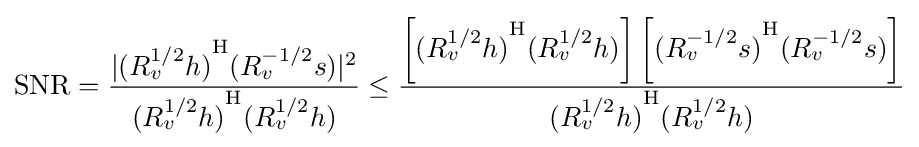
\mathrm {SNR} ={\frac {|{(R_{v}^{1/2}h)}^{\mathrm {H} }(R_{v}^{-1/2}s)|^{2}}{{(R_{v}^{1/2}h)}^{\mathrm {H} }(R_{v}^{1/2}h)}}\leq {\frac {\left[{(R_{v}^{1/2}h)}^{\mathrm {H} }(R_{v}^{1/2}h)\right]\left[{(R_{v}^{-1/2}s)}^{\mathrm {H} }(R_{v}^{-1/2}s)\right]}{{(R_{v}^{1/2}h)}^{\mathrm {H} }(R_{v}^{1/2}h)}}